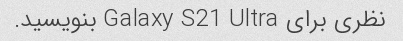
نظری برای Galaxy S21 Ultra بنویسید.